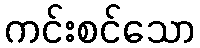
ကင်းစင်သော